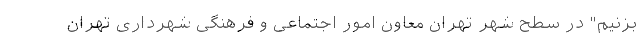
بزنیم" در سطح شهر تهران معاون امور اجتماعی و فرهنگی شهرداری تهران